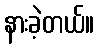
နားခဲ့တယ်။